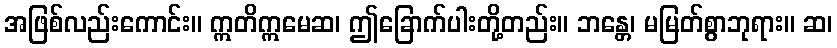
အဖြစ်လည်းကောင်း။ ဣတိဣမေဆ၊ ဤခြောက်ပါးတို့တည်း။ ဘန္တေ၊ မမြတ်စွာဘုရား။ ဆ၊